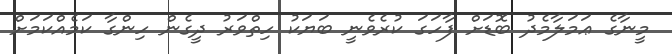
މީނާގެ ޢަމަލާމެދު ބޮޑަށް ފާހަގަ ކުރެވެނީ ބަޔަކު ހިތްވަރު ދީގެން ހިންގާ ކަމެއްކަމަށް